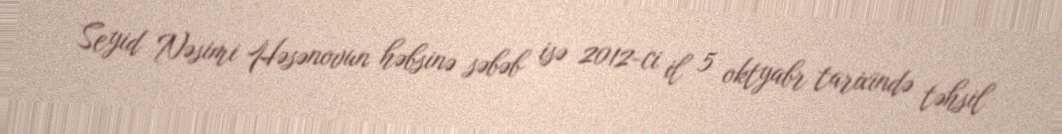
Seyid Nəsimi Həsənovun həbsinə səbəb isə 2012-ci il 5 oktyabr tarixində təhsil